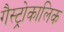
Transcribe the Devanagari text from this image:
गैस्ट्रोकालिक